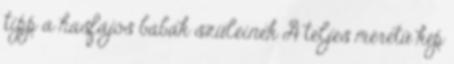
tipp a hasfájós babák szüleinek A teljes méretű kép